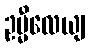
ဥမ္မီလေယျ